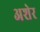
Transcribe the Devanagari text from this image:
अशेर